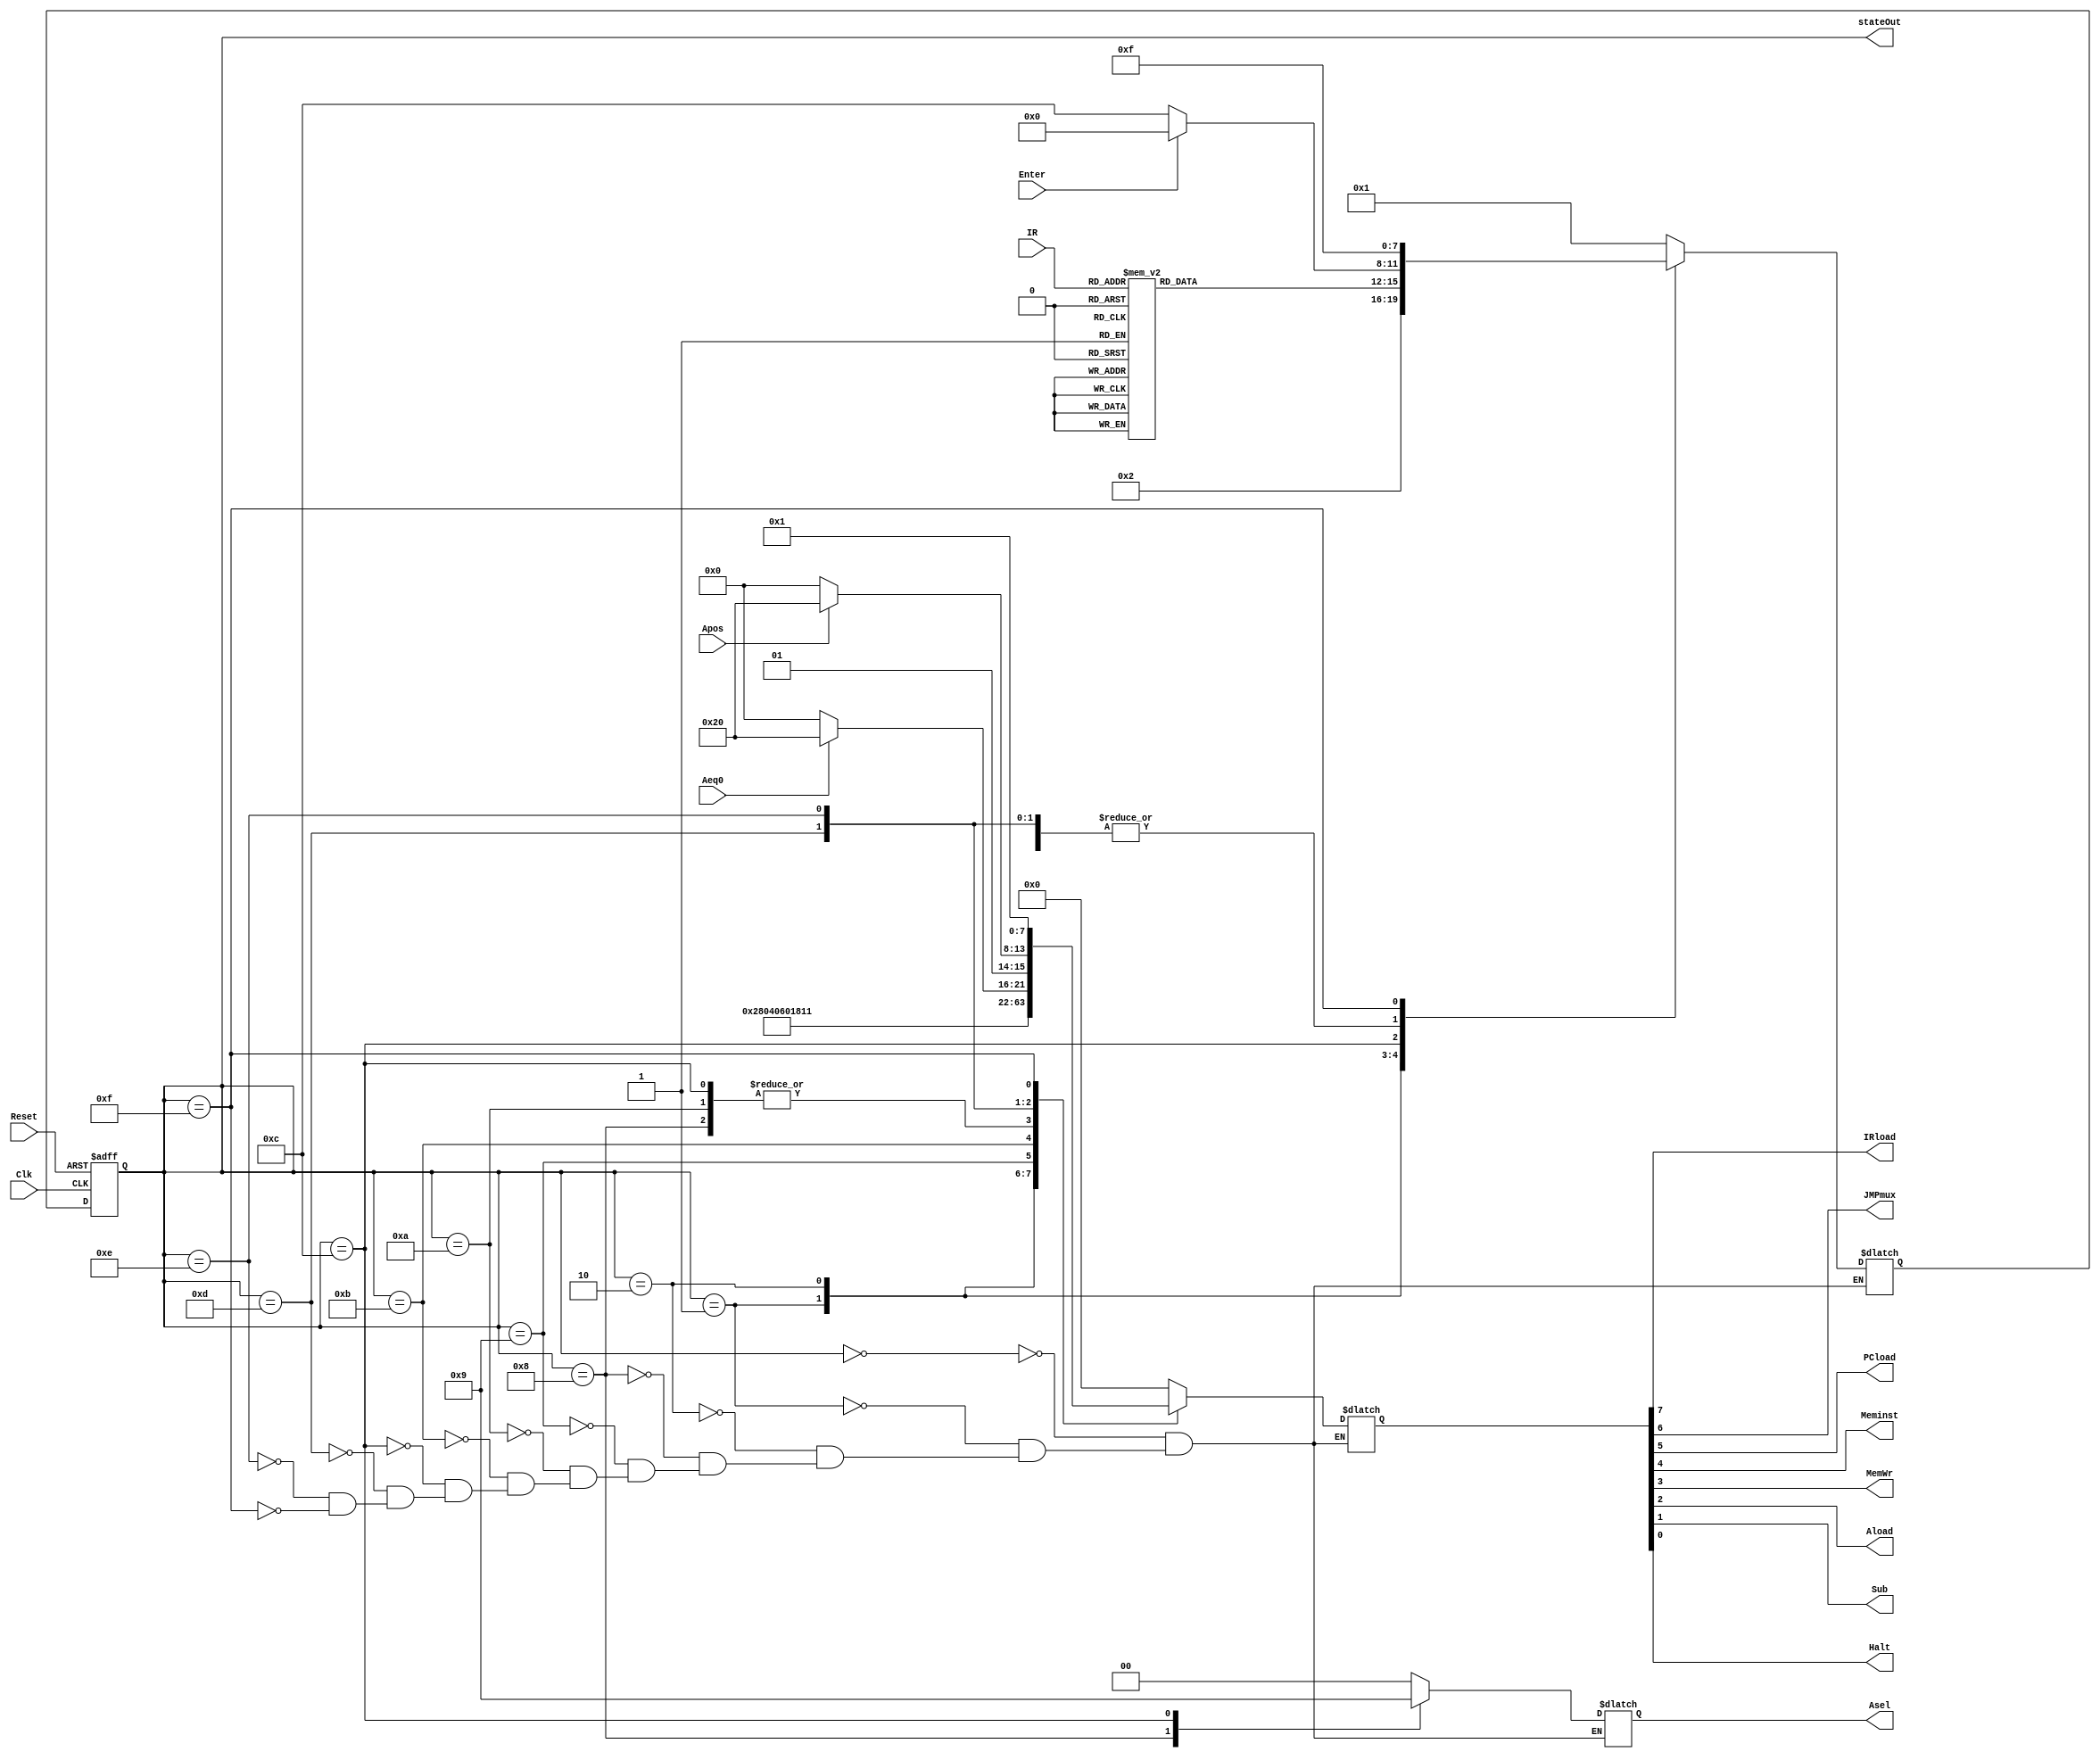
module LAB2_CU(
  input   [7:5]IR,
  input   Aeq0,Apos,Enter,Clk,Reset,
  output IRload,JMPmux,PCload,Meminst,MemWr,Aload,Sub,Halt,
  output reg [1:0]Asel,
  output [3:0]stateOut
  );
  
  reg       [7:0]AllOut;
  reg       [3:0]next_state,state;
  parameter START=4'b0000, FETCH=4'b0001, DECODE=4'b0010;  
  parameter LOAD=4'b1000, STORE=4'b1001, ADD=4'b1010;
  parameter SUB=4'b1011, INPUT=4'b1100, JZ=4'b1101, JPOS=4'b1110, HALT=4'b1111;
  assign {IRload,JMPmux,PCload,Meminst,MemWr,Aload,Sub,Halt}=AllOut;
  
  assign stateOut=state;
  
  always@(posedge Clk, posedge Reset)
   begin
    if(Reset)
      state<=START;
    else 
      state<=next_state;
   end 
   
  always@(state,IR,Aeq0,Apos)
   begin
    
    case(state)
      START:
       begin
        AllOut=8'b00000000;
        Asel=2'b00;
        next_state=FETCH; 
       end
       
      FETCH:
       begin
        AllOut=8'b10100000;
        Asel=2'b00;
        next_state=DECODE;       
       end
       
      DECODE:
       begin
        AllOut=8'b00010000;
        Asel=2'b00;
        case(IR)
          3'b000  :next_state=LOAD;   
          3'b001  :next_state=STORE;   
          3'b010  :next_state=ADD;   
          3'b011  :next_state=SUB;   
          3'b100  :next_state=INPUT;   
          3'b101  :next_state=JZ;   
          3'b110  :next_state=JPOS;   
          3'b111  :next_state=HALT;
          default :next_state=DECODE;    
         endcase
        end
        
      LOAD:
       begin
        AllOut=8'b00000100;
        Asel=2'b10;
        next_state=START;    
       end 
       
      STORE:
       begin
        AllOut=8'b00011000;
        Asel=2'b00;
        next_state=START;    
       end 
       
      ADD:
       begin
        AllOut=8'b00000100;
        Asel=2'b00;
        next_state=START; 
       end    
            
      SUB:
       begin
        AllOut=8'b00000110;
        Asel=2'b00;
        next_state=START; 
       end   
                     
      INPUT:
       begin
        AllOut=8'b00000100;
        Asel=2'b01;
        if(Enter)
          next_state=START; 
        else
          next_state=INPUT; 
       end   
                             
      JZ:
       begin
        if(Aeq0)
          AllOut=8'b01100000;        
        else
          AllOut=8'b01000000;
        Asel=2'b00;
        next_state=START; 
       end  
                              
      JPOS:
       begin
        if(Apos)
          AllOut=8'b01100000;        
        else
          AllOut=8'b01000000;      
        Asel=2'b00;
        next_state=START; 
       end 
                               
      HALT:
       begin
        AllOut=8'b00000001;
        Asel=2'b00;
        next_state=HALT; 
       end
       
    endcase 
    end 
  
  endmodule